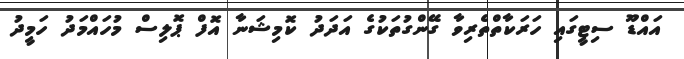
އައްޑޫ ސިޓީގައި ހަރަކާތްތެރިވާ ގޭންގުތަކުގެ އަދަދު ކޮމިޝަނާ އޮފް ޕޮލިސް މުހައްމަދު ހަމީދު